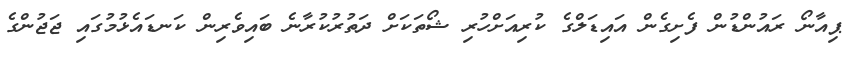
ޕިއާނޯ ރައުންޑުން ފެށިގެން އައިޑަލްގެ ކުރިއަށްހުރި ޝޯތަކަށް ދަތުރުކުރާނެ ބައިވެރިން ކަނޑައެޅުމުގައި ޖަޖުންގެ